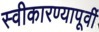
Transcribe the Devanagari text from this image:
स्वीकारण्यापूर्वी